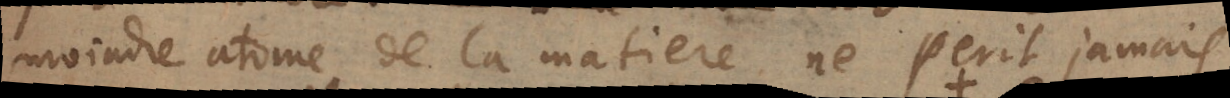
moindre atome de la matiere ne perit jamais